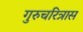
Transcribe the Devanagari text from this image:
गुरुचरित्रास